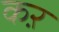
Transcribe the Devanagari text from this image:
कऱ